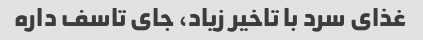
غذای سرد با تاخیر زیاد، جای تاسف داره